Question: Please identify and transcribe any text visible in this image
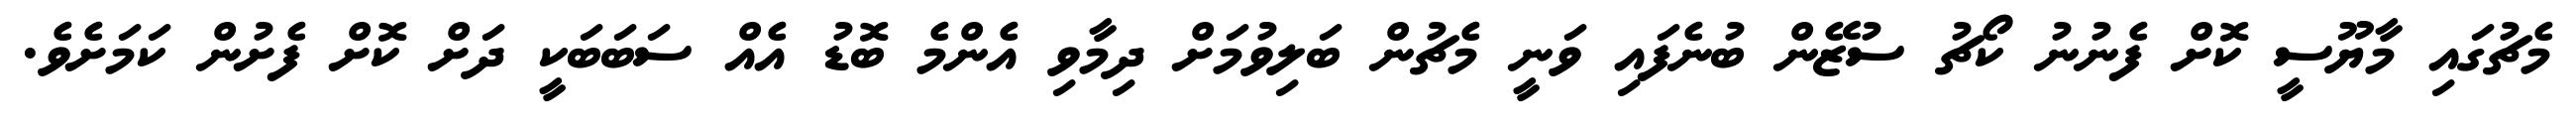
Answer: މެޗުގައި މާޔޫސީ ކޮށް ފެނުނު ކޯޗު ސުޒޭން ބުނެފައި ވަނީ މެޗުން ބަލިވުމަށް ދިމާވި އެންމެ ބޮޑު އެއް ސަބަބަކީ ދަށް ކޮށް ފެށުން ކަމަށެވެ.